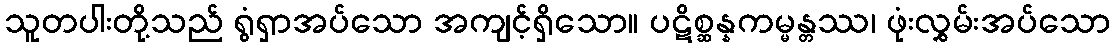
သူတပါးတို့သည် ရွံရှာအပ်သော အကျင့်ရှိသော။ ပဋိစ္ဆန္နကမ္မန္တဿ၊ ဖုံးလွှမ်းအပ်သော